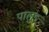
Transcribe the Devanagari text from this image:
पालुङ